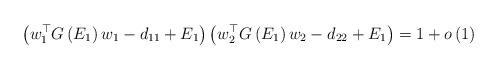
LaTeX: \begin{align*}\left(w_{1}^{\top}G\left(E_{1}\right)w_{1}-d_{11}+E_{1}\right)\left(w_{2}^{\top}G\left(E_{1}\right)w_{2}-d_{22}+E_{1}\right) & =1+o\left(1\right)\end{align*}